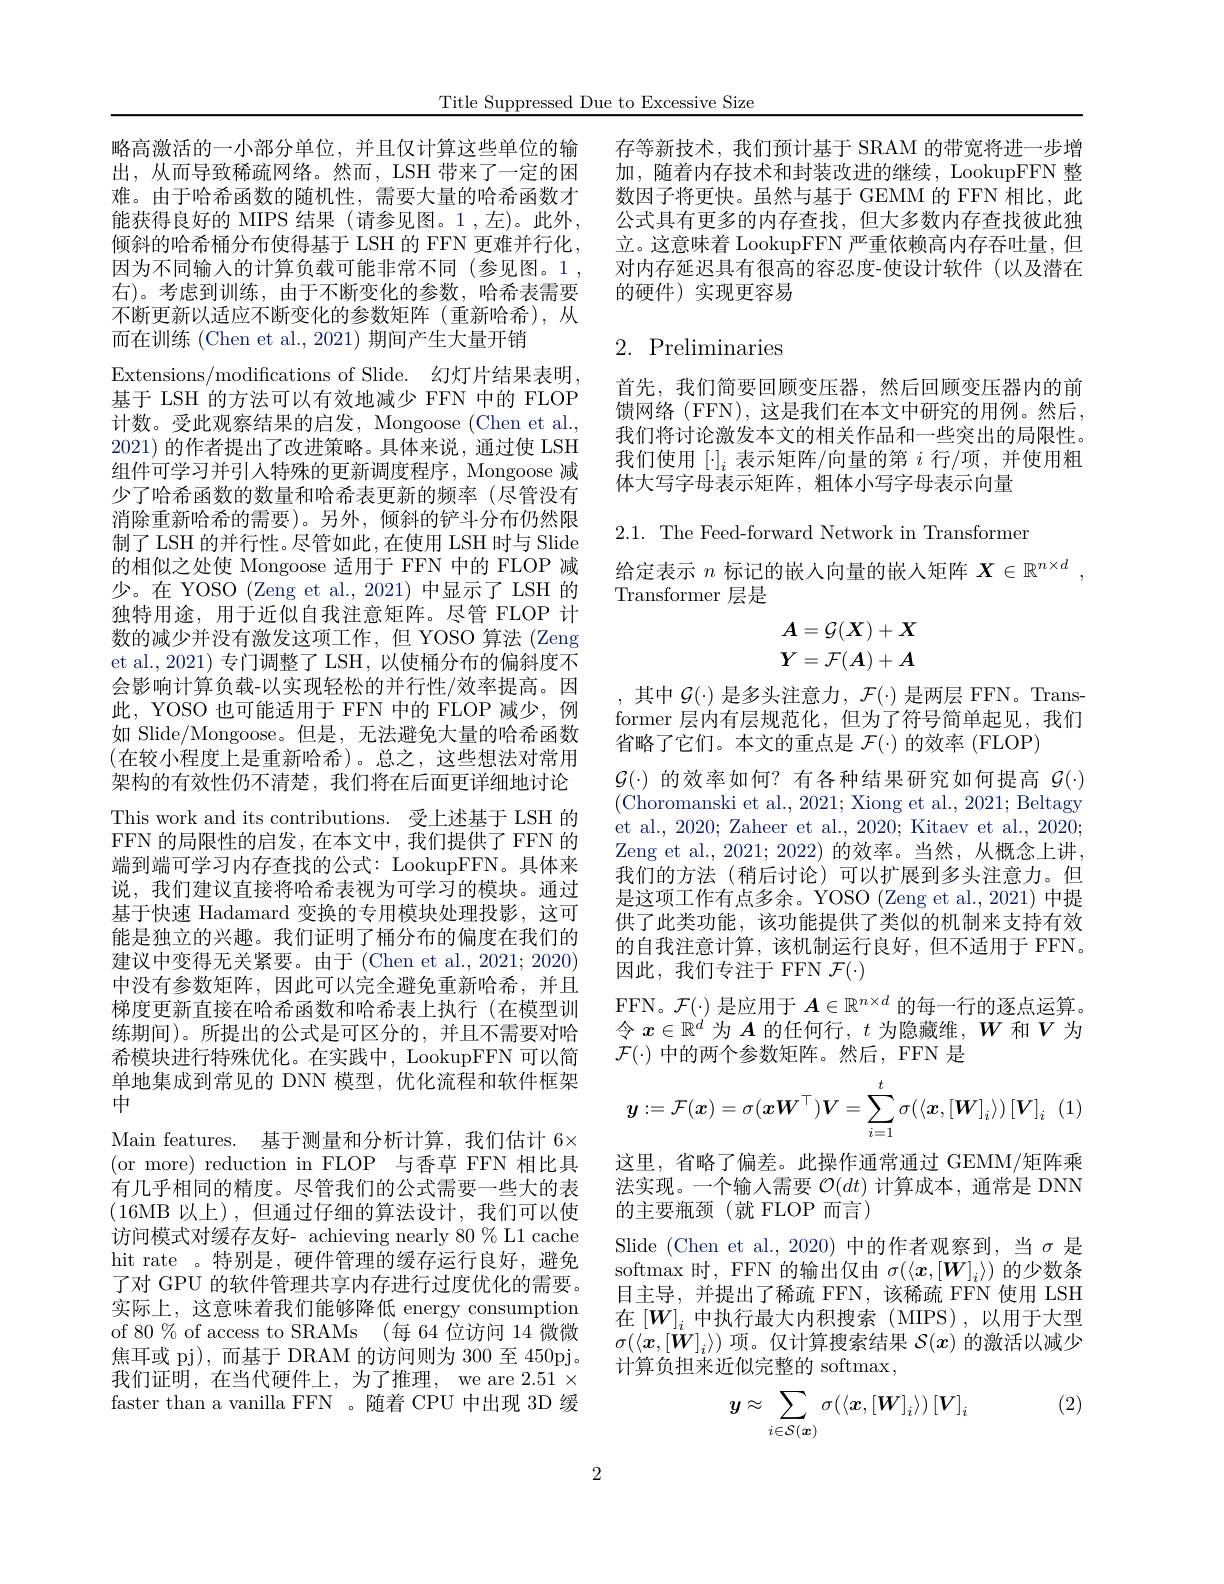
Title Suppressed Due to Excessive Size

略高激活的一小部分单位，并且仅计算这些单位的输出，从而导致稀疏网络。然而，LSH 带来了一定的困难。由于哈希函数的随机性，需要大量的哈希函数才能获得良好的 MIPS 结果(请参见图。1,左)。此外， 倾斜的哈希桶分布使得基于 LSH 的 FFN 更难并行化， 因为不同输人的计算负载可能非常不同(参见图。1, 右)。考虑到训练，由于不断变化的参数，哈希表需要不断更新以适应不断变化的参数矩阵(重新哈希),从而在训练 (Chen et al., 2021) 期间产生大量开销
Extensions/modifications of Slide. 幻灯片结果表明， 基于 LSH 的方法可以有效地减少 FFN 中的 FLOP 计数。受此观察结果的启发，Mongoose (Chen et al. 2021)的作者提出了改进策略。具体来说，通过使 LSH 组件可学习并引入特殊的更新调度程序，Mongoose 减少了哈希函数的数量和哈希表更新的频率(尽管没有消除重新哈希的需要)。另外，倾斜的铲斗分布仍然限制了 LSH 的并行性。尽管如此，在使用 LSH 时与 Slide 的相似之处使 Mongoose 适用于 FFN 中的 FLOP 减少。在 YOSO (Zeng et al.,2021) 中显示了 LSH 的独特用途，用于近似自我注意矩阵。尽管 FLOP 计数的减少并没有激发这项工作，但 YOSO 算法 (Zeng et al., 2021) 专门调整了 LSH, 以使桶分布的偏斜度不会影响计算负载-以实现轻松的并行性/效率提高。因此，YOSO 也可能适用于 FFN 中的 FLOP 减少，例如 Slide/Mongoose。但是，无法避免大量的哈希函数(在较小程度上是重新哈希)。总之，这些想法对常用架构的有效性仍不清楚，我们将在后面更详细地讨论This work and its contributions. 受上述基于 LSH 的FFN 的局限性的启发，在本文中，我们提供了FFN 的端到端可学习内存查找的公式：LookupFFN。具体来说，我们建议直接将哈希表视为可学习的模块。通过基于快速 Hadamard 变换的专用模块处理投影，这可能是独立的兴趣。我们证明了桶分布的偏度在我们的建议中变得无关紧要。由于(Chen et al.,2021;2020) 中没有参数矩阵，因此可以完全避免重新哈希，并且梯度更新直接在哈希函数和哈希表上执行(在模型训练期间)。所提出的公式是可区分的，并且不需要对哈希模块进行特殊优化。在实践中，LookupFFN 可以简单地集成到常见的 DNN 模型，优化流程和软件框架中
Main features. 基于测量和分析计算，我们估计 6× (or more) reduction in FLOP 与香草 FFN 相比具有几乎相同的精度。尽管我们的公式需要一些大的表(16MB 以上),但通过仔细的算法设计，我们可以使访问模式对缓存友好- achieving nearly 80 % L1 cache hit rate 。特别是，硬件管理的缓存运行良好，避免了对 GPU 的软件管理共享内存进行过度优化的需要。实际上，这意味着我们能够降低 energy consumption of 80% of access to SRAMs (每 64 位访问 14 微微焦耳或 pj),而基于 DRAM 的访问则为 300 至 450pj。我们证明，在当代硬件上，为了推理，we are $2.51\times$ faster than a vanilla FFN 。随着 CPU 中出现 3D 缓

存等新技术，我们预计基于 SRAM 的带宽将进一步增加，随着内存技术和封装改进的继续，LookupFFN 整数因子将更快。虽然与基于 GEMM 的 FFN 相比，此公式具有更多的内存查找，但大多数内存查找彼此独立。这意味着 LookupFFN 严重依赖高内存吞吐量，但对内存延迟具有很高的容忍度-使设计软件(以及潜在的硬件)实现更容易

# 2. Preliminaries

首先，我们简要回顾变压器，然后回顾变压器内的前馈网络 (FFN), 这是我们在本文中研究的用例。然后， 我们将讨论激发本文的相关作品和一些突出的局限性。我们使用 $[\cdot]_i$ 表示矩阵/向量的第 $i$ 行/项，并使用粗体大写字母表示矩阵，粗体小写字母表示向量

2.1. The Feed-forward Network in Transformer
给定表示$n$标记的嵌入向量的嵌人矩阵$X\in\mathbb{R}^{n\times d}$
Transformer 层是
$$\begin{aligned}\boldsymbol{A}&=\mathcal{G}(\boldsymbol{X})+\boldsymbol{X}\\\boldsymbol{Y}&=\mathcal{F}(\boldsymbol{A})+\boldsymbol{A}\end{aligned}$$
,其中 $\mathcal{G}(\cdot)$ 是多头注意力$,\mathcal{F}(\cdot)$ 是两层 FFN。Transformer 层内有层规范化，但为了符号简单起见，我们省略了它们。本文的重点是$\mathcal{F}(\cdot)$的效率 (FLOP)
$\mathcal{G}(\cdot)$的效率如何？有各种结果研究如何提高$\mathcal{G}(\cdot)$ (Choromanski et al., 2021; Xiong et al., 2021; Beltagy et al., 2020; Zaheer et al., 2020; Kitaev et al., 2020; Zeng et al., 2021; 2022) 的效率。当然，从概念上讲， 我们的方法(稍后讨论)可以扩展到多头注意力。但是这项工作有点多余。YOSO (Zeng et al., 2021) 中提供了此类功能，该功能提供了类似的机制来支持有效的自我注意计算，该机制运行良好，但不适用于 FFN。因此，我们专注于 FFN $\mathcal{F}(\cdot)$
FFN。$\mathcal{F}(\cdot)$是应用于$A\in\mathbb{R}^n\times d$的每一行的逐点运算。令$x\in\mathbb{R}^d$为$A$的任何行，$t$为隐藏维，$W$和$V$为$\mathcal{F}(\cdot)$中的两个参数矩阵。然后，FFN 是
$$\boldsymbol{y}:=\mathcal{F}(\boldsymbol{x})=\sigma(\boldsymbol{x}\boldsymbol{W}^\top)\boldsymbol{V}=\sum_{i=1}^t\sigma(\langle\boldsymbol{x},[\boldsymbol{W}]_i\rangle)\left[\boldsymbol{V}\right]_i$$
这里，省略了偏差。此操作通常通过 GEMM/矩阵乘法实现。一个输入需要$\mathcal{O}(dt)$计算成本，通常是 DNN 的主要瓶颈(就 FLOP 而言)
Slide (Chen et al.,2020)中的作者观察到，当σ是softmax 时，FFN 的输出仅由$\sigma(\langle x,[W]_i\rangle)$的少数条目主导，并提出了稀疏 FFN,该稀疏 FFN 使用 LSH 在$[W]_i$中执行最大内积搜索 (MIPS),以用于大型$\sigma(\langle\boldsymbol{x},[\dot{\boldsymbol{W}}]_i\rangle)$项。仅计算搜索结果$\mathcal{S}(\boldsymbol{x})$的激活以减少计算负担来近似完整的 softmax,
$$y\approx\sum_{i\in\mathcal{S}(\boldsymbol{x})}\sigma(\langle\boldsymbol{x},[\boldsymbol{W}]_i\rangle)\:[\boldsymbol{V}]_i$$
(2)

2